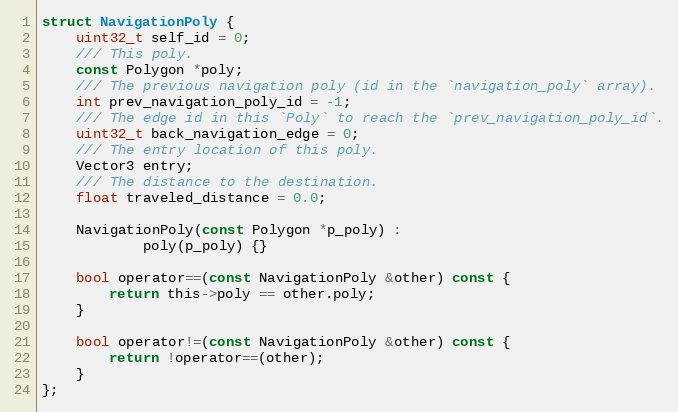
Language: C
struct NavigationPoly {
	uint32_t self_id = 0;
	/// This poly.
	const Polygon *poly;
	/// The previous navigation poly (id in the `navigation_poly` array).
	int prev_navigation_poly_id = -1;
	/// The edge id in this `Poly` to reach the `prev_navigation_poly_id`.
	uint32_t back_navigation_edge = 0;
	/// The entry location of this poly.
	Vector3 entry;
	/// The distance to the destination.
	float traveled_distance = 0.0;

	NavigationPoly(const Polygon *p_poly) :
			poly(p_poly) {}

	bool operator==(const NavigationPoly &other) const {
		return this->poly == other.poly;
	}

	bool operator!=(const NavigationPoly &other) const {
		return !operator==(other);
	}
};